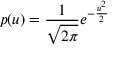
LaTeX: p ( u ) = { \frac { 1 } { \sqrt { 2 \pi } } } e ^ { - { \frac { u ^ { 2 } } { 2 } } }